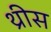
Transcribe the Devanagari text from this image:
थ्रीस